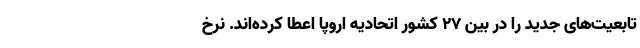
تابعیت‌های جدید را در بین ۲۷ کشور اتحادیه اروپا اعطا کرده‌اند. نرخ